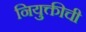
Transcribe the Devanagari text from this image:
नियुक्तीची